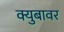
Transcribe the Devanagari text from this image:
क्युबावर